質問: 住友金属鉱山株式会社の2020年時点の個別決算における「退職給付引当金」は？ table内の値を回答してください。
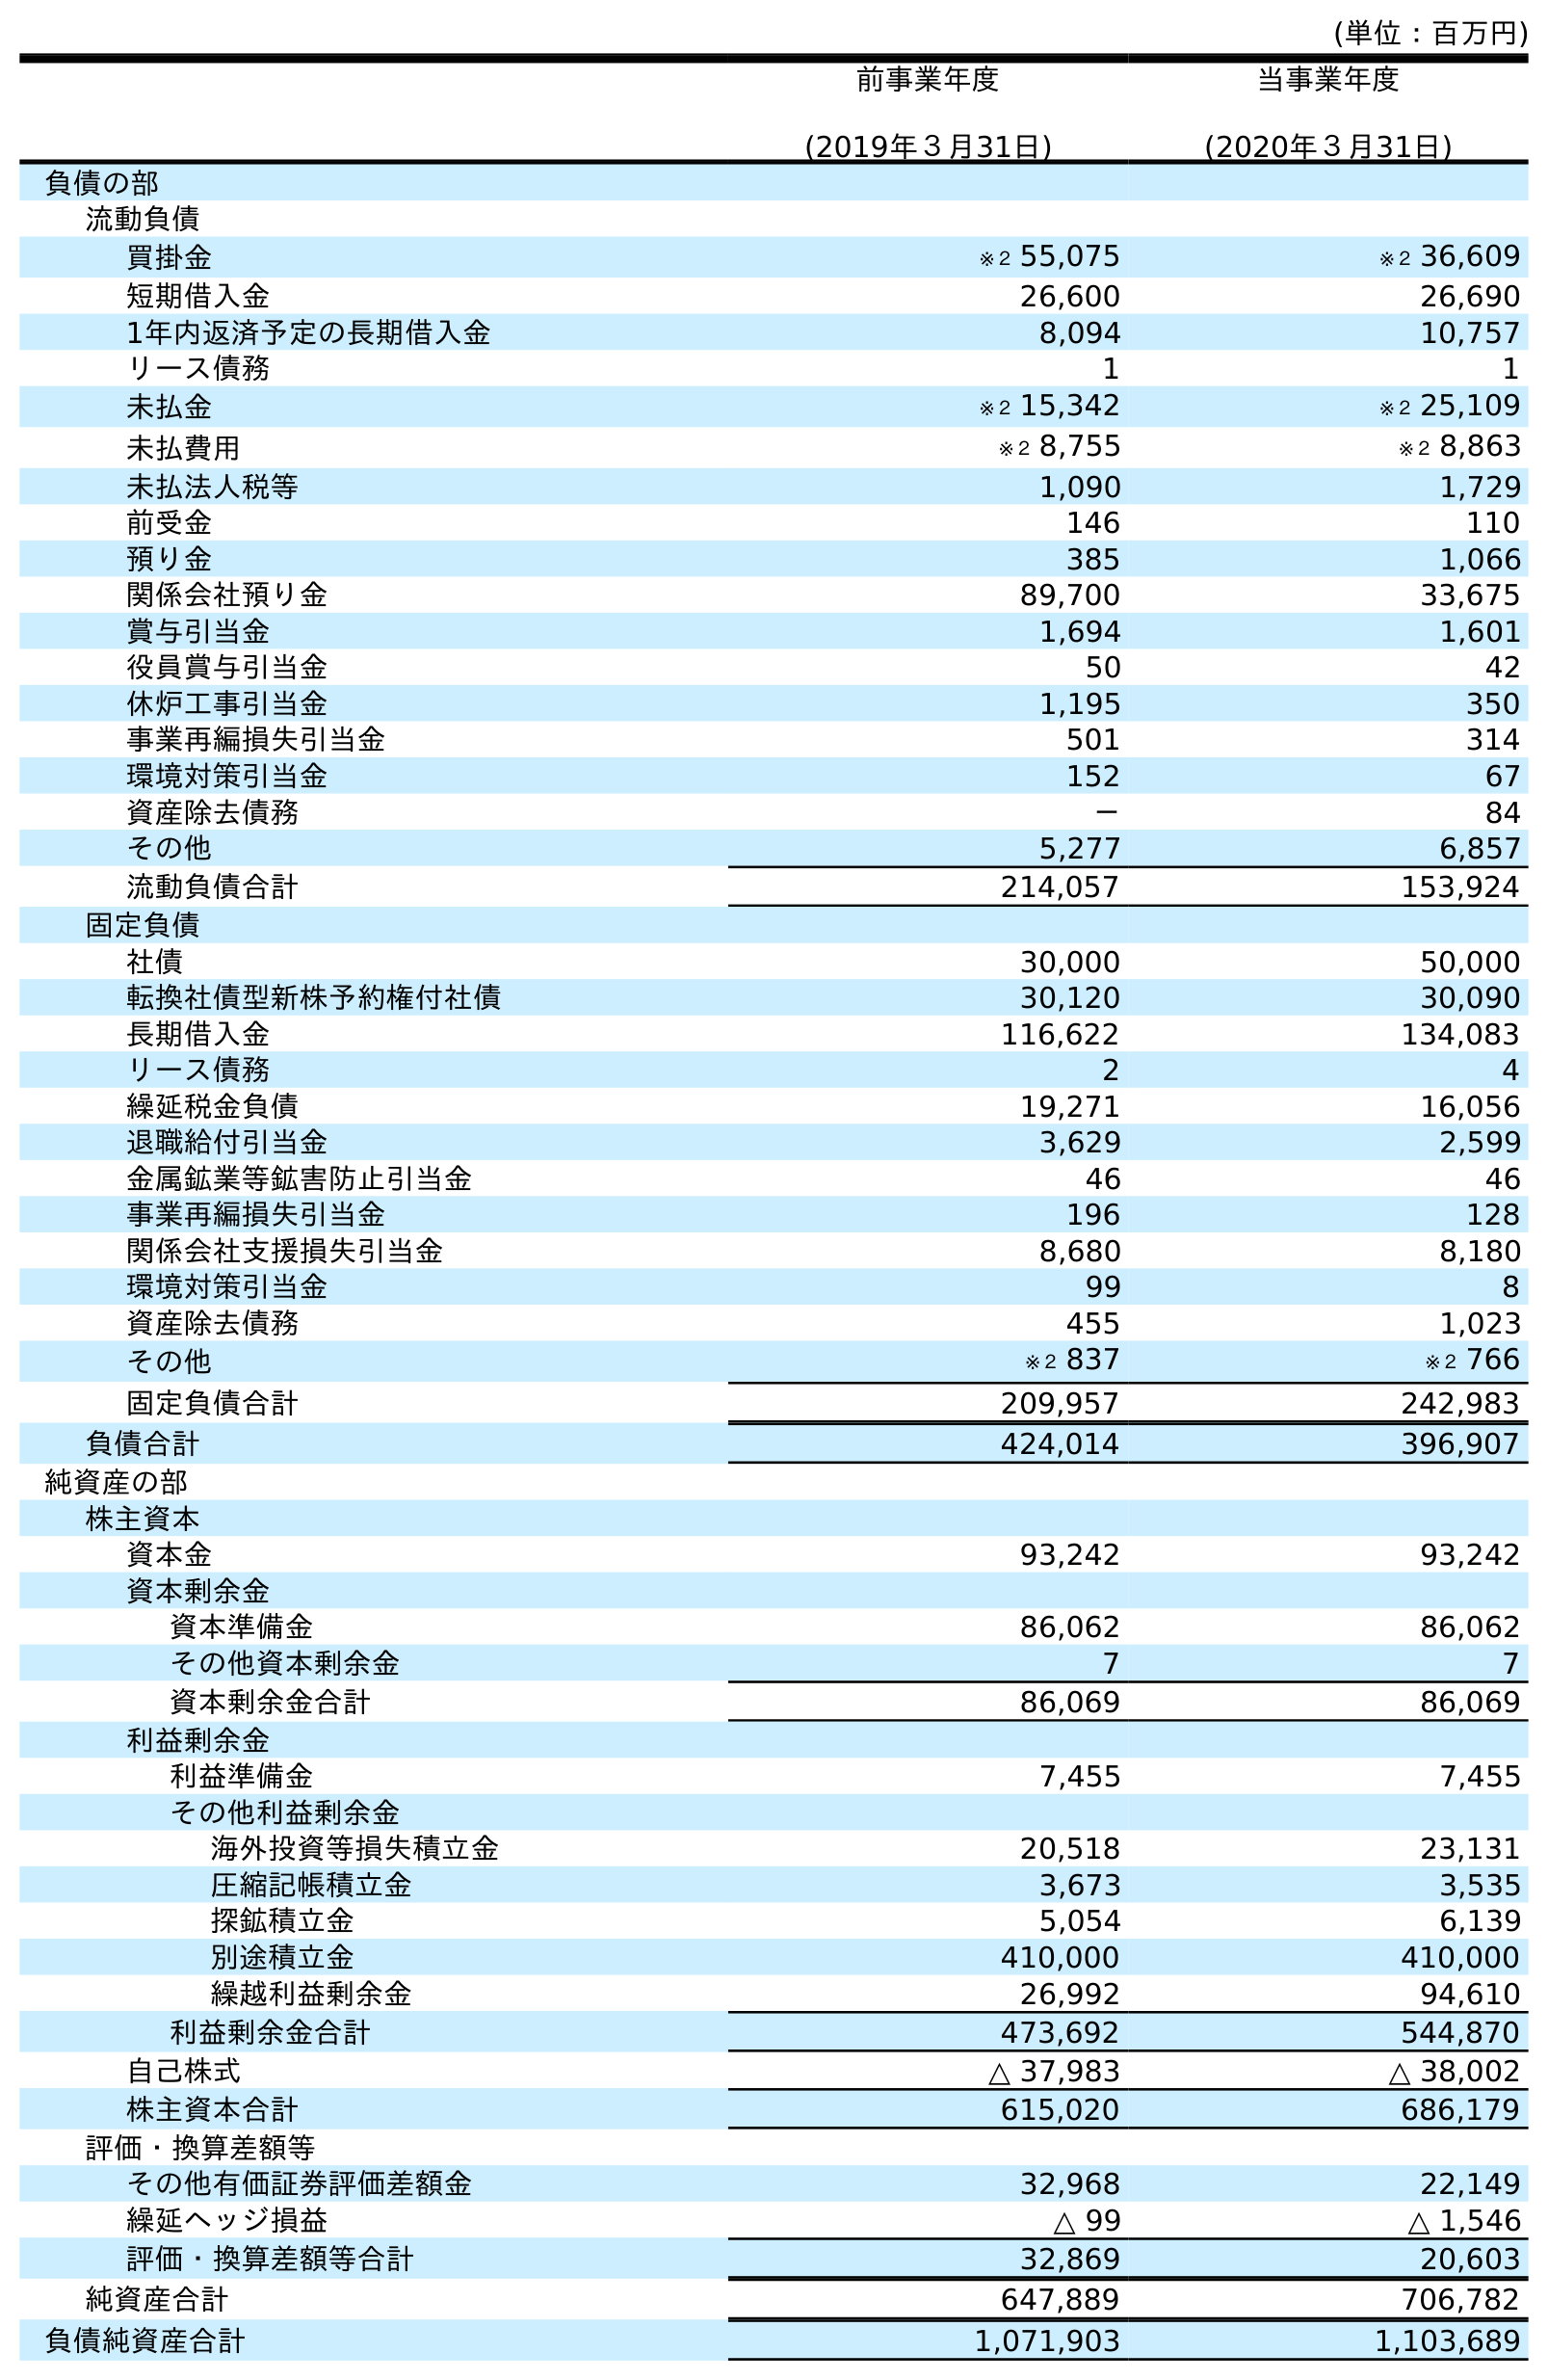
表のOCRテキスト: (単位：百万円) 前事業年度 (2019年３月31日) 当事業年度 (2020年３月31日) 負債の部 流動負債 買掛金 ※２ 55,075 ※２ 36,609 短期借入金 26,600 26,690 1年内返済予定の長期借入金 8,094 10,757 リース債務 1 1 未払金 ※２ 15,342 ※２ 25,109 未払費用 ※２ 8,755 ※２ 8,863 未払法人税等 1,090 1,729 前受金 146 110 預り金 385 1,066 関係会社預り金 89,700 33,675 賞与引当金 1,694 1,601 役員賞与引当金 50 42 休炉工事引当金 1,195 350 事業再編損失引当金 501 314 環境対策引当金 152 67 資産除去債務 － 84 その他 5,277 6,857 流動負債合計 214,057 153,924 固定負債 社債 30,000 50,000 転換社債型新株予約権付社債 30,120 30,090 長期借入金 116,622 134,083 リース債務 2 4 繰延税金負債 19,271 16,056 退職給付引当金 3,629 2,599 金属鉱業等鉱害防止引当金 46 46 事業再編損失引当金 196 128 関係会社支援損失引当金 8,680 8,180 環境対策引当金 99 8 資産除去債務 455 1,023 その他 ※２ 837 ※２ 766 固定負債合計 209,957 242,983 負債合計 424,014 396,907 純資産の部 株主資本 資本金 93,242 93,242 資本剰余金 資本準備金 86,062 86,062 その他資本剰余金 7 7 資本剰余金合計 86,069 86,069 利益剰余金 利益準備金 7,455 7,455 その他利益剰余金 海外投資等損失積立金 20,518 23,131 圧縮記帳積立金 3,673 3,535 探鉱積立金 5,054 6,139 別途積立金 410,000 410,000 繰越利益剰余金 26,992 94,610 利益剰余金合計 473,692 544,870 自己株式 △ 37,983 △ 38,002 株主資本合計 615,020 686,179 評価・換算差額等 その他有価証券評価差額金 32,968 22,149 繰延ヘッジ損益 △ 99 △ 1,546 評価・換算差額等合計 32,869 20,603 純資産合計 647,889 706,782 負債純資産合計 1,071,903 1,103,689
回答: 2,599